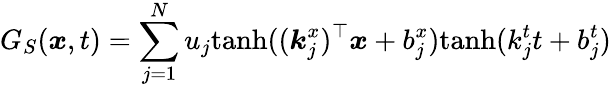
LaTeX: G_{S}(\boldsymbol{x},t)=\sum_{j=1}^{N}u_{j}\mathrm{tanh}((\boldsymbol{k}_{j}^{x})^{\top}\boldsymbol{x}+b_{j}^{x})\mathrm{tanh}(k_{j}^{t}t+b_{j}^{t})